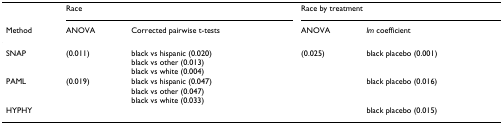
<table><thead><tr><td></td><td colspan="2"><b>Race</b></td><td colspan="2"><b>Race by treatment</b></td></tr><tr><td><b>Method</b></td><td><b>ANOVA</b></td><td><b>Corrected pairwise t-tests</b></td><td><b>ANOVA</b></td><td><b><i>lm </i>coefficient</b></td></tr></thead><tbody><tr><td>SNAP</td><td>(0.011)</td><td>black vs hispanic (0.020)black vs other (0.013)black vs white (0.004)</td><td>(0.025)</td><td>black placebo (0.001)</td></tr><tr><td>PAML</td><td>(0.019)</td><td>black vs hispanic (0.047)black vs other (0.047)black vs white (0.033)</td><td></td><td>black placebo (0.016)</td></tr><tr><td>HYPHY</td><td></td><td></td><td></td><td>black placebo (0.015)</td></tr></tbody></table>